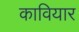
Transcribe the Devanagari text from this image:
कावियार